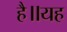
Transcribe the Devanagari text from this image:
है॥यह